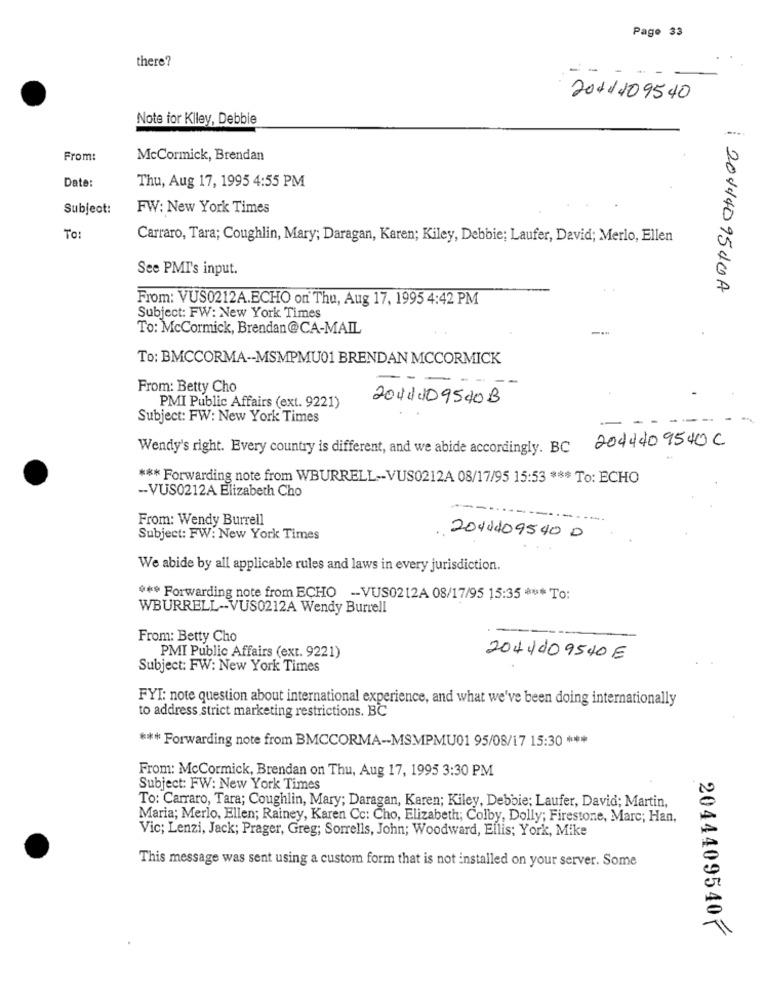
Page 33
there?
2011109540
Note for Kiley, Debbie
From:
McCormick, Brendan
Date:
Thu, Aug 17, 1995 4:55 PM
Subject:
FW: New York Times
TO :
Carraro, Tara; Coughlin, Mary; Daragan, Karen; Kiley, Debbie; Laufer, David; Merlo, Ellen
See PMI's input.
2014409540A
From: VUS0212A.ECHO on Thu, Aug 17, 1995 4:42 PM
Subject: FW: New York Times
To: McCormick, Brendan@CA-MAIL
To: BMCCORMA -- MSMPMU01 BRENDAN MCCORMICK
From: Betty Cho
204109540B
PMI Public Affairs (ext. 9221)
Subject: FW: New York Times
2044409540C
Wendy's right. Every country is different, and we abide accordingly. BC
*** Forwarding note from WBURRELL -- VUS0212A 08/17/95 15:53 *** To: ECHO
-- VUS0212A Elizabeth Cho
From: Wendy Burrell
---
Subject: FW: New York Times
2010409540 0
We abide by all applicable rules and laws in every jurisdiction.
*** Forwarding note from ECHO -- VUS0212A 08/17/95 15:35 *** To:
WBURRELL -- VUS0212A Wendy Burrell
From: Betty Cho
PMI Public Affairs (ext. 9221)
2044109540E
Subject: FW: New York Times
FYI: note question about international experience, and what we've been doing internationally
to address strict marketing restrictions. BC
*** Forwarding note from BMCCORMA -- MSMPMU01 95/08/17 15:30 ***
From: McCormick, Brendan on Thu, Aug 17, 1995 3:30 PM
Subject: FW: New York Times
To: Carraro, Tara; Coughlin, Mary; Daragan, Karen; Kiley, Debbie; Laufer, David; Martin,
Maria; Merlo, Ellen; Rainey, Karen Cc: Cho, Elizabeth; Colby, Dolly; Firestone, Marc; Han,
Vic; Lenzi, Jack; Prager, Greg; Sorrells, John; Woodward, Ellis; York, Mike
This message was sent using a custom form that is not installed on your server. Some
2044409540